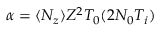
\alpha = \langle N _ { z } \rangle Z ^ { 2 } T _ { 0 } ( 2 N _ { 0 } T _ { i } )